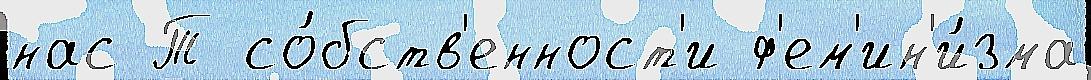
нас Т со́бств'енност'и ф'ем'ин'и́зма